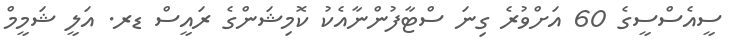
ސީއެސްސީގެ 60 އަށްވުރެ ގިނަ ސްޓާފުންނާއެކު ކޮމިޝަންގެ ރައީސް ޑރ. އަލީ ޝަމީމް